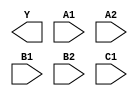
module sky130_fd_sc_ls__o221ai (
    Y ,
    A1,
    A2,
    B1,
    B2,
    C1
);

    output Y ;
    input  A1;
    input  A2;
    input  B1;
    input  B2;
    input  C1;

    // Voltage supply signals
    supply1 VPWR;
    supply0 VGND;
    supply1 VPB ;
    supply0 VNB ;

endmodule